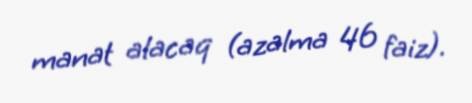
manat alacaq (azalma 46 faiz).